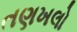
તણખલો